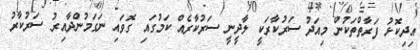
އިދިކޮޅު ފަރާތްތަކުން މިއަދު ސަރުކާރަކީ ލާދީނީ ސަރުކާރެއް ކަމުގައި ގޮވައި ނަގަމުންދާއިރު ސަރުކާރު